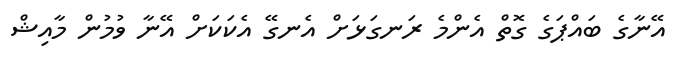
އޭނާގެ ބައްޕަގެ ގޮތް އެންމެ ރަނގަޅަށް އެނގޭ އެކަކަށް އޭނާ ވުމުން މާއިޝް